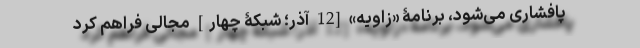
پافشاری می‌شود، برنامۀ «زاویه» [12 آذر؛ شبکۀ چهار] مجالی فراهم کرد